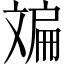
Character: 斒